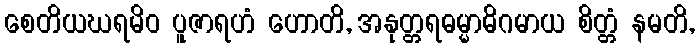
စေတိယဃရမိဝ ပူဇာရဟံ ဟောတိ, အနုတ္တရဓမ္မာဓိဂမာယ စိတ္တံ နမတိ,